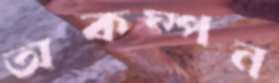
অকম্পন